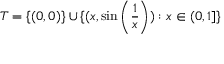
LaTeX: T = \{ ( 0 , 0 ) \} \cup \{ ( x , \sin \left( { \frac { 1 } { x } } \right) ) : x \in ( 0 , 1 ] \}